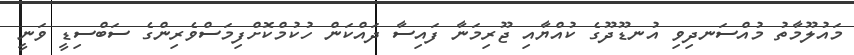
މައުލޫމާތު މުއްސަނދިވި އުނޑޫދޫގެ ކުއްޔާއި ޖޫރިމަނާ ފައިސާ ދައްކަން ހުކުމްކޮށްފިމަސްވެރިންގެ ސަބްސިޑީ ވަނީ